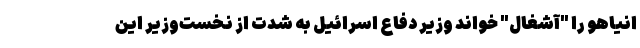
انیاهو را "آشغال" خواند وزیر دفاع اسرائیل به شدت از نخست‌وزیر این